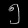
Digit: ၅